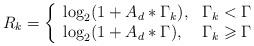
LaTeX: \begin{align*}R_{k}=\left\{ \begin{array}{ll}\log_2(1+A_d*\Gamma_{k}), & \Gamma_{k}<\Gamma_{}\\\log_2(1+A_d*\Gamma_{}), & \Gamma_{k}\geqslant\Gamma_{}\\\end{array} \right.\end{align*}